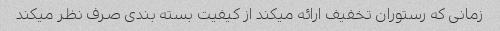
زمانی که رستوران تخفیف ارائه میکند از کیفیت بسته بندی صرف نظر میکند